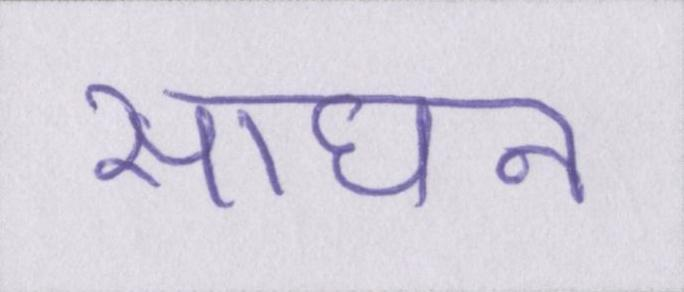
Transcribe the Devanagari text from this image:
साधन